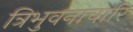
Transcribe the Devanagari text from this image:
त्रिभुवनाचारि